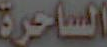
الساحرة